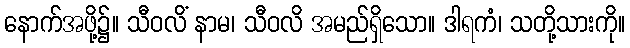
နောက်အဖို့၌။ သီဝလိံ နာမ၊ သီဝလိ အမည်ရှိသော။ ဒါရကံ၊ သတို့သားကို။